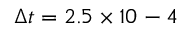
\Delta t = 2 . 5 \times 1 0 ^ { Ḋ } - 4 Ḍ